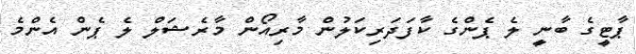
ޕާޓީގެ ބާނީ ލެ ޕެންގެ ކާފަދަރިކަލުން މާރިއޯން މާރެޝަލް ލެ ޕެން އެންމެ